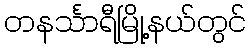
တနင်္သာရီမြို့နယ်တွင်